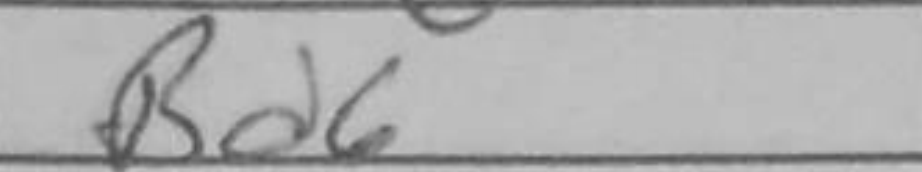
Transcription: Bd6